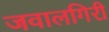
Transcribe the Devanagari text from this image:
जवालगिरी